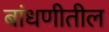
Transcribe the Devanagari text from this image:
बांधणीतील